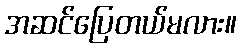
အဆင်ပြေတယ်မလား။